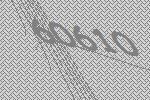
60610